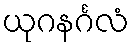
ယုဂနင်္ဂလံ